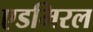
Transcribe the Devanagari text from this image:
एडमिरल